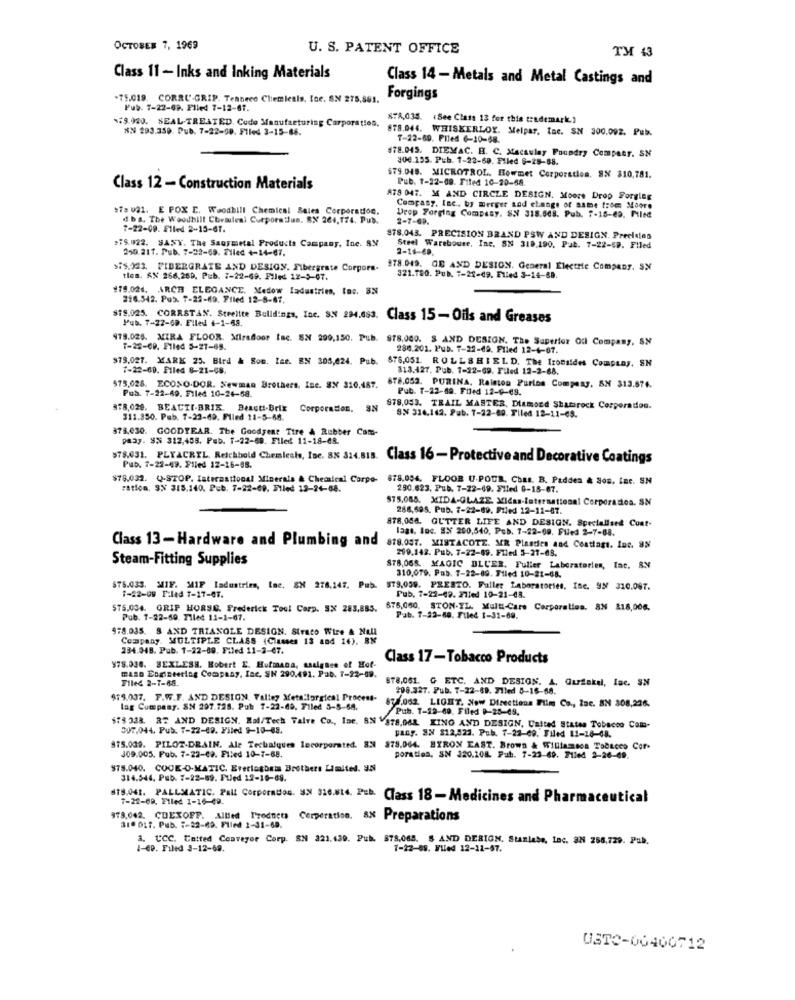
OCTOBER 7, 1969
U. S. PATENT OFFICE
TH 43
Class 11 - Inks and Inking Materials
Class 14 - Metals and Metal Castings and
-75,019. CORRU'-GRIP. Tentheco Chemieals, Ice. SN 275,861.
Forgings
Pub. 7-22-69. Plied 7-12-61.
79.920. SEAL-TREATED. Code Manufacturing Corporation.
878,035. +See Class 13 for this trademark.)
NN 293,359. Pub. 7-22-50. Filed 3-15-68.
878.044. WHISKERLOY. Melpar, tac. SN 300.092. Pub.
T-22-69. Filed 6-10-68.
178.045. DIEMAC. H. C. Macaulay Foundry Compar. SM
906.155. Pub. 1-22-69. Piled 6-25-88.
$79.045. MICROTROL. Howmet Corporation. SX $10,781.
Pub. 1-22-09. Filed 10-20-68.
Class 12 - Construction Materials
A78 047. X AND CIRCLE DESIGN. Moore Drop Forging
>Ta 021. E POX E. Woodbill Chemical Sales Corporation.
Company, Inc. by merger sod change of asme from Moore
dba. The Woodhill Cbeauleal Corpora Jus. SX 264,174. Pub.
Drop Forging Company. S.N 318.548. Pub. 7-15-69, Pled
2-7-69.
7-22-09. Flled 2-15-61.
79.022. SANY. The Saormetal Products Campany, Inc. 8X
878.043. PRECISION BRAND PSW AND DESIGN. Precisles
250.217. Pub. 7-22-69. Filed +-14-67.
Steel Warehouse, Inc. SN 318,190. Put. 7-22-69. Filed
2-16-69.
$75.023. FIBERGRATE AND DESIGN. Fibergrate Corpora.
978.049. GE AND DESIGN. General Electric Company. SX
tles. AX 266,269, Pub. 2-22-69. Filed 12-3-07.
321.750. Pub. 7-22-49. Elled 3-14-68.
#79.024. ARCH ELEGANCE. Medow Industries, tos. 3N
216.542. Pub. 7-22-19. Filed 12-5-67,
$19.025. CORRSTAN. Steelite Bulldings, Inc. S.N 294.083. Class 15 - Oils and Greases
Pub. 7-22-69. Filed 4-1-68.
979.025. MIRA FLOOR. Miradoor Isc. SN 299,150. Pub. $78.000. S AND DESIGN. The Superior Oil Company, SN
7-22-09. Flled 5-27-65.
286.201. Pub. T-22-69. Filed 12-4-67.
$79,027. MARK 25. Bird & Son. Ise. EN 305,624. Pub. 878,051. ROLLSHIELD. The Ironsides Company, SH
7-22-69. Filed 8-21-08.
313,427, Pub. 7-22-69. Filed 12-2-68.
$75,028. ECONO-DOR. Newman Brothers, Inc. SX 310.487.
Pub. 7-22-69. Filed 10-24-58.
678.052. PURINA, Ralston Purios Company, SN 313.874.
Pub. T-22-69. Filed 12-0-08.
378,020. BEACTI-BRIK. Beauti-Brik Corporation. S
878,053. TRAIL MASTER, Diamond Shamrock Corporation.
SN 316,162. Pab. T-22-60. Filed 12-11-65.
311.350. Pub. 7-23-69. Filed 11-5-68.
878.030. GOODYEAR. The Goodyear Tire & Rubber Com-
paay. 85 312,458. Pub. 1-22-69. Flled 11-18-68.
$78,031. PLYACRIL. Reichhold Chemieals, Inc. 88 314.815. Class 16-Protective and Decorative Coatings
Pub. 7-22-49. Filed 12-16-95.
$78.032. Q.STOP, International Minerals & Chemical Corpo-
ration. SN 315,140, Pub. 7-22-69. Filed 13-24-08.
290.623. Pub. 7-22-69. Filed 0-18-67.
$75.085. XIDA-GLAZE. Xidas-International Corporation. SN
288,595. Pub. 7-22-69. Filed 12-11-87.
878.044. GUTTER LIFE AND DESIGN. Specialised Coat-
laat. Inc. EN 200,540, Peb. 7-22-69. Filed 2-7-88.
Class 13-Hardware and Plumbing and
878.057. MISTACOTE. MR Plasdies and Costlagt. Inc. 8N
209.142. Pub. 7-22-89. Filed 5-27-68.
Steam-Fitting Supplies
878,065. MAGIC BLUER. Fuller Laboratories, lac, BN
310,079. Pab. 7-22-69. Filed 10-21-68.
$75.033. MIF. MIF Industries, Ine, SN 276.147, Pub. 579,059. PRESTO. Fuller Laboratories, Inc. 95 310.087.
1-22-09 Piled 7-17-07.
Pub, 7-22-42. 27led 10-21-48.
$75.034. GRIP HORSE. Frederick Tool Corp. SX 283,885.
876,060, STON-IL. Multi-Care Corporation. 8N 818,006.
Pub. 1-22-60. Filed 11-1-67.
Pub. 7-22-60. Filed 1-31-69.
978.035. 8 AND TRIANGLE DESIGN. Strato Wire & Nell
Company, MULTIPLE CLASS (Classes 13 and 14). BN
234.048. Pub. 1-22-89. Filed 11-2-67.
Class 17-Tobacco Products
978.036. BEXLESS. Bobert E. Hufmana, assignee of Hot-
MARD Engineering Company, Inc. SN 290,491. Pat. 7-22-09.
Filed 2-7-68.
878.061. G ETC. AND DESIGN. A, Gurfakul, lac. SN
208.327. Pub. 7-22-69. Filed 5-16-68.
479.037. F.W.F. AND DESIGN. Valley Xeta:forgical Procent-
lag Company. SN 297.728. Pub 7-22-69. Filed 3-8-68.
871,062. LIGHT. Now Directions Film Co ., Inc. SN 308,236.
Pub. T-12-60. Filed 0-28-49.
$78 338. RZ AND DESIGN. Ral/Tech Talve Co ., Inc. SN ¥878,061. KINO AND DESIGN, United States Tobacco Com-
307.044. Pub. 7-22-09. Filed 9-10-45.
pany. SN $12,522. Pub. 7-22-69. Filed 11-18-08.
875.009. PILOT-DRAIN. Ale Techalques lecorporated. IN 378.064. BYRON EAST. Brown & Williamsca Tobacco Cor-
409.005. Pub. 7-22-49. Filed 10-7-68.
poration, SN 320.108. Pub. 7-23-69. 71led 2-26-69.
O. COOK-O-MATIC. Everlogbem Brothers Limited. IN
314.544, Pub. 7-22-69. Fuled 12-16-69.
678.041. PALLMATIC. Pall Corporados. UN 326.814. Pub. Class 18-Medicines and Pharmaceutical
7-22-69. Filed 1-16-49.
979,042. CUEXOFF. Allled Products Corporation. ax Preparations
Corporation. ax Preparations
310 017. Pub. :- 22-69. Filed 2-31-69.
3. CCC. Cetted Conveyor Corp. SN 221.439. Pub. 878.068. 5 AND DESIGN. Stanlabe, Inc. 37 256.729. Pab.
4-69. Filed 3-12-69.
7-22-89. FULed 12-11-57.
USTC-00400712